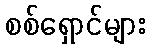
စစ်ရှောင်များ